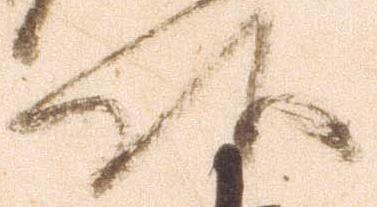
頭